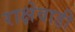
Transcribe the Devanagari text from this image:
राक्षेवाडी